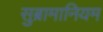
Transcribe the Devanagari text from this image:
सुब्रामानियम